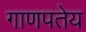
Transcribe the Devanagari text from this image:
गाणपतेय